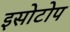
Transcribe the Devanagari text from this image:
इसोटोप